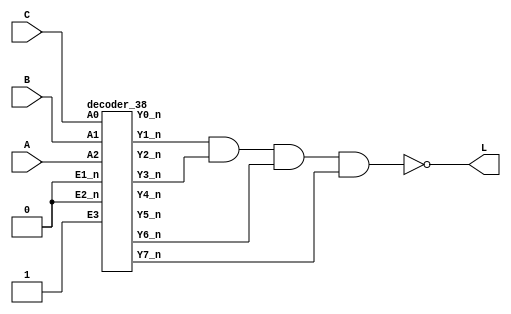
// ======================================================================
// Affiliation:			Tsinghua Univ
// Module Name:			decoder0
// Description:			decoder
// Additional Comments:	VL19 on nowcoder
// ======================================================================

`timescale 1ns/1ns

module decoder0 (
	input	wire				A,
	input	wire				B,
	input	wire				C,
	output	wire				L
);

wire	Y0_n;
wire	Y1_n;
wire	Y2_n;
wire	Y3_n;
wire	Y4_n;
wire	Y5_n;
wire	Y6_n;
wire	Y7_n;

assign L = ~(Y1_n & Y3_n & Y6_n & Y7_n);

decoder_38 u_decoder_38 (
	.E1_n    ( 1'b0 ),
	.E2_n    ( 1'b0 ),
	.E3      ( 1'b1 ),
	.A0      ( C    ),
	.A1      ( B    ),
	.A2      ( A    ),
	.Y0_n    ( Y0_n ),
	.Y1_n    ( Y1_n ),
	.Y2_n    ( Y2_n ),
	.Y3_n    ( Y3_n ),
	.Y4_n    ( Y4_n ),
	.Y5_n    ( Y5_n ),
	.Y6_n    ( Y6_n ),
	.Y7_n    ( Y7_n )
);

endmodule


module decoder_38(
   input             E1_n   ,
   input             E2_n   ,
   input             E3     ,
   input             A0     ,
   input             A1     ,
   input             A2     ,
   
   output wire       Y0_n   ,  
   output wire       Y1_n   , 
   output wire       Y2_n   , 
   output wire       Y3_n   , 
   output wire       Y4_n   , 
   output wire       Y5_n   , 
   output wire       Y6_n   , 
   output wire       Y7_n   
);
wire E;
assign E = E3 & ~E2_n & ~E1_n;
assign  Y0_n = ~(E & ~A2 & ~A1 & ~A0);
assign  Y1_n = ~(E & ~A2 & ~A1 &  A0);
assign  Y2_n = ~(E & ~A2 &  A1 & ~A0);
assign  Y3_n = ~(E & ~A2 &  A1 &  A0);
assign  Y4_n = ~(E &  A2 & ~A1 & ~A0);
assign  Y5_n = ~(E &  A2 & ~A1 &  A0);
assign  Y6_n = ~(E &  A2 &  A1 & ~A0);
assign  Y7_n = ~(E &  A2 &  A1 &  A0);

endmodule